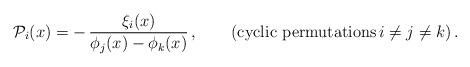
LaTeX: \begin{align*}{\cal P}_i (x) = - \, \frac{\xi_i(x)}{\phi_j(x) - \phi_k(x)}\,,\qquad(\mbox{cyclic permutations} \, i\not=j\not= k )\,.\end{align*}